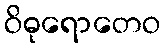
ဝိဓုရောတေဝ